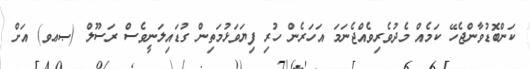
ކަންބޮޑުވާންޖެހޭ ކަމެއް މެދުވެރިވެއްޖެނަމަ އަހަރެން ހުރި ފިޔަވަޅުމަތިން ގުޑައިލަނީވެސް ރަސޫލް (ޞޢވ) އަށް